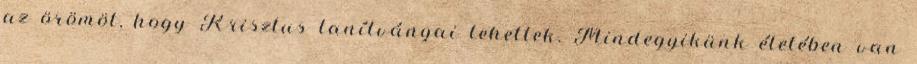
az örömöt, hogy Krisztus tanítványai lehettek. Mindegyikünk életében van